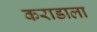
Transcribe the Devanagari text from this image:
कराडाला